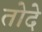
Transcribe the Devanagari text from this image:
तोदे